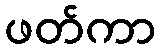
ဖတ်ကာ